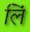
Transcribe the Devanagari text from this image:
लिं